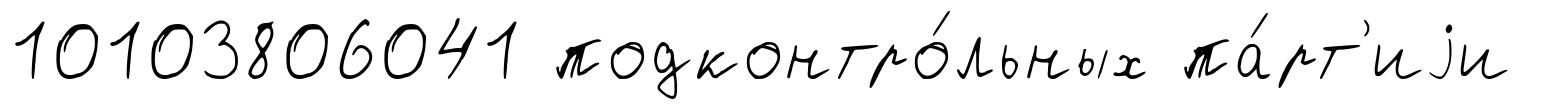
10103806041 подконтро́льных па́рт'иjи